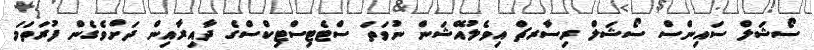
ސޯޝަލް ސައިންސް ސޯޝަލް ރިސާރޗް އިވެލުއޭޝަން ނުވަތަ ސްޓެޓިސްޓިކްސްގެ ދާއިރާއިން ދަށްވެގެން ފުރަތަމަ